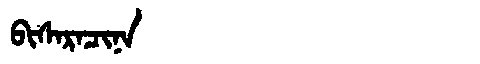
Manchu: ᠪᡳᠰᠠᡵᠠᠴᡳᠨᠠ
Romanization: BISARACINA